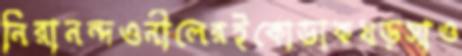
নিরানন্দওনীলেরইকোডাকখড়সাও